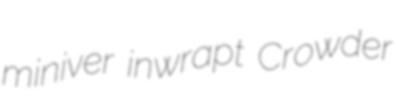
miniver inwrapt Crowder